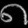
Digit: ၈